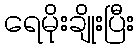
ရေမိုးချိုးပြီး